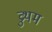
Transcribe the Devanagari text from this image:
व्रुथम